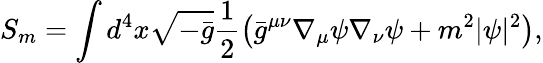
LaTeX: S_{m}=\int d^{4}x\sqrt{-\bar{g}}\frac{1}{2}\left(\bar{g}^{\mu\nu}\nabla_{\mu}\psi\nabla_{\nu}\psi+m^{2}|\psi|^{2}\right),